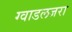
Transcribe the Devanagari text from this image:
ग्वाडलजरा